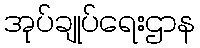
အုပ်ချုပ်ရေးဌာန